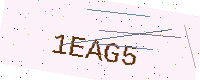
Text: 1EAG5